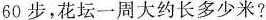
60步，花坛一周大约长多少米?